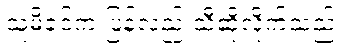
သူ့မိခင်က ပြန်လည် သီဆိုလိုက်သည်။